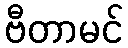
ဗီတာမင်